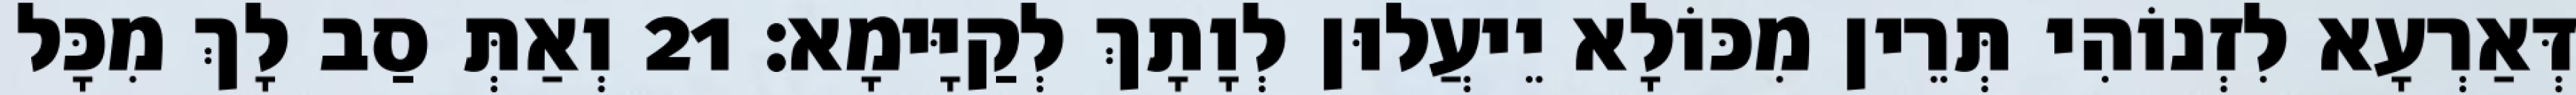
דְּאַרְעָא לִזְנוֹהִי תְּרֵין מִכּוֹלָא יֵיעֲלוּן לְוָתָךְ לְקַיָּימָא׃ 21 וְאַתְּ סַב לָךְ מִכָּל